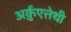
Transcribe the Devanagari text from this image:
अर्क़ुएत्तेथी